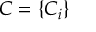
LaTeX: C = \{ C _ { i } \}